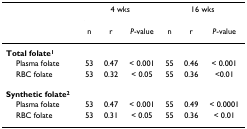
|  | <COLSPAN=3> 4 wks | <COLSPAN=3> 16 wks |
 |  | n | r | P-value | n | r | P-value |
 | --- | --- | --- | --- | --- | --- | --- |
 | Total folate1 |  |  |  |  |  |  |
 | Plasma folate | 53 | 0.47 | < 0.001 | 55 | 0.46 | < 0.001 |
 | RBC folate | 53 | 0.32 | < 0.05 | 55 | 0.36 | <0.01 |
 | Synthetic folate2 |  |  |  |  |  |  |
 | Plasma folate | 53 | 0.47 | < 0.001 | 55 | 0.49 | < 0.0001 |
 | RBC folate | 53 | 0.31 | < 0.05 | 55 | 0.36 | < 0.01 |